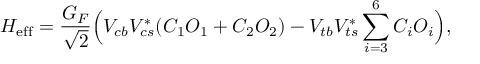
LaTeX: H _ { \mathrm { e f f } } = \frac { G _ { F } } { \sqrt { 2 } } \Bigl ( V _ { c b } V _ { c s } ^ { * } ( C _ { 1 } O _ { 1 } + C _ { 2 } O _ { 2 } ) - V _ { t b } V _ { t s } ^ { * } \sum _ { i = 3 } ^ { 6 } C _ { i } O _ { i } \Bigr ) ,